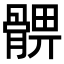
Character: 𩩚